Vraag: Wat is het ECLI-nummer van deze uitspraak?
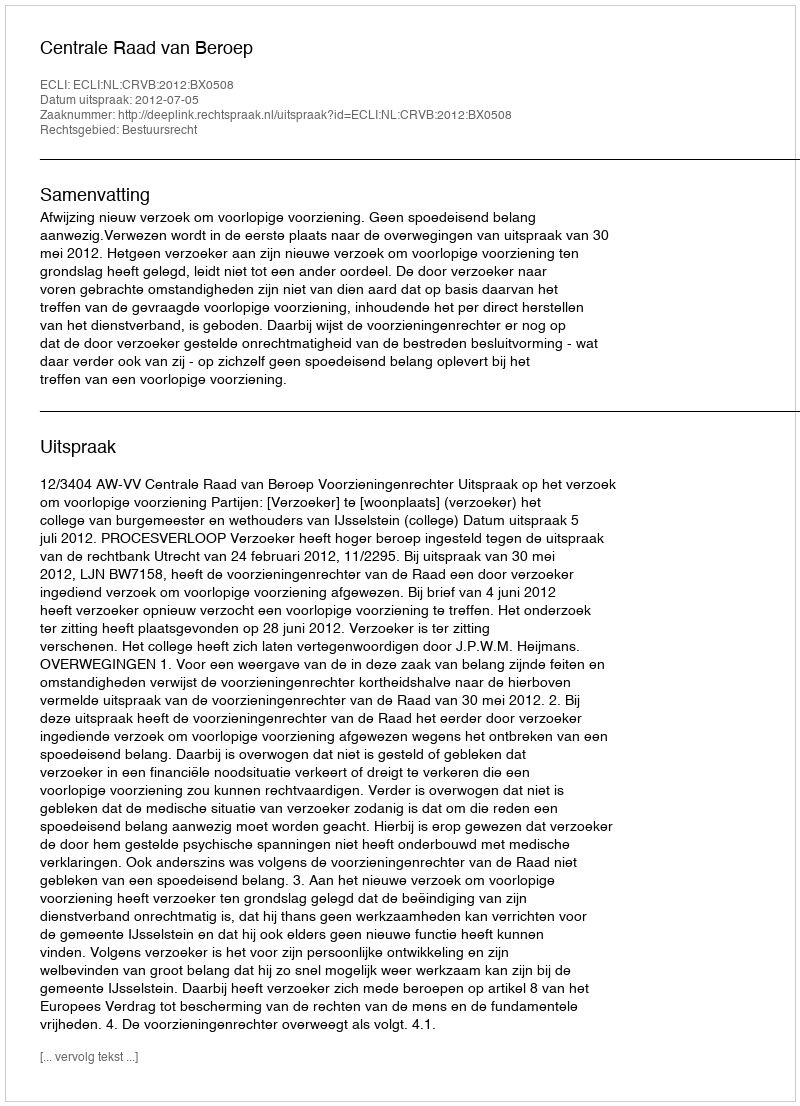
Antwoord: ECLI:NL:CRVB:2012:BX0508